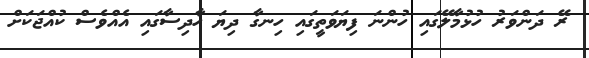
ރޭ ދަންވަރު ހުޅުމާލޭގައި ހުންނަ ފިޔަވަތީގައި ހިނގާ ދިޔަ ހާދިސާގައި އެއްވެސް ކުއްޖަކަށް